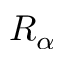
R _ { \alpha }